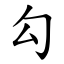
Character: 勾